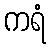
ကရံ